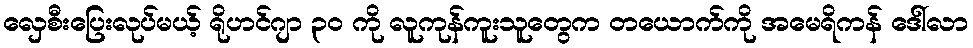
လှေစီးပြေးလုပ်မယ့် ရိုဟင်ဂျာ ၃၀ ကို လူကုန်ကူးသူတွေက တယောက်ကို အမေရိကန် ဒေါ်လာ